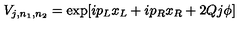
V _ { j , n _ { 1 } , n _ { 2 } } = \exp [ i p _ { L } x _ { L } + i p _ { R } x _ { R } + 2 Q j \phi ]